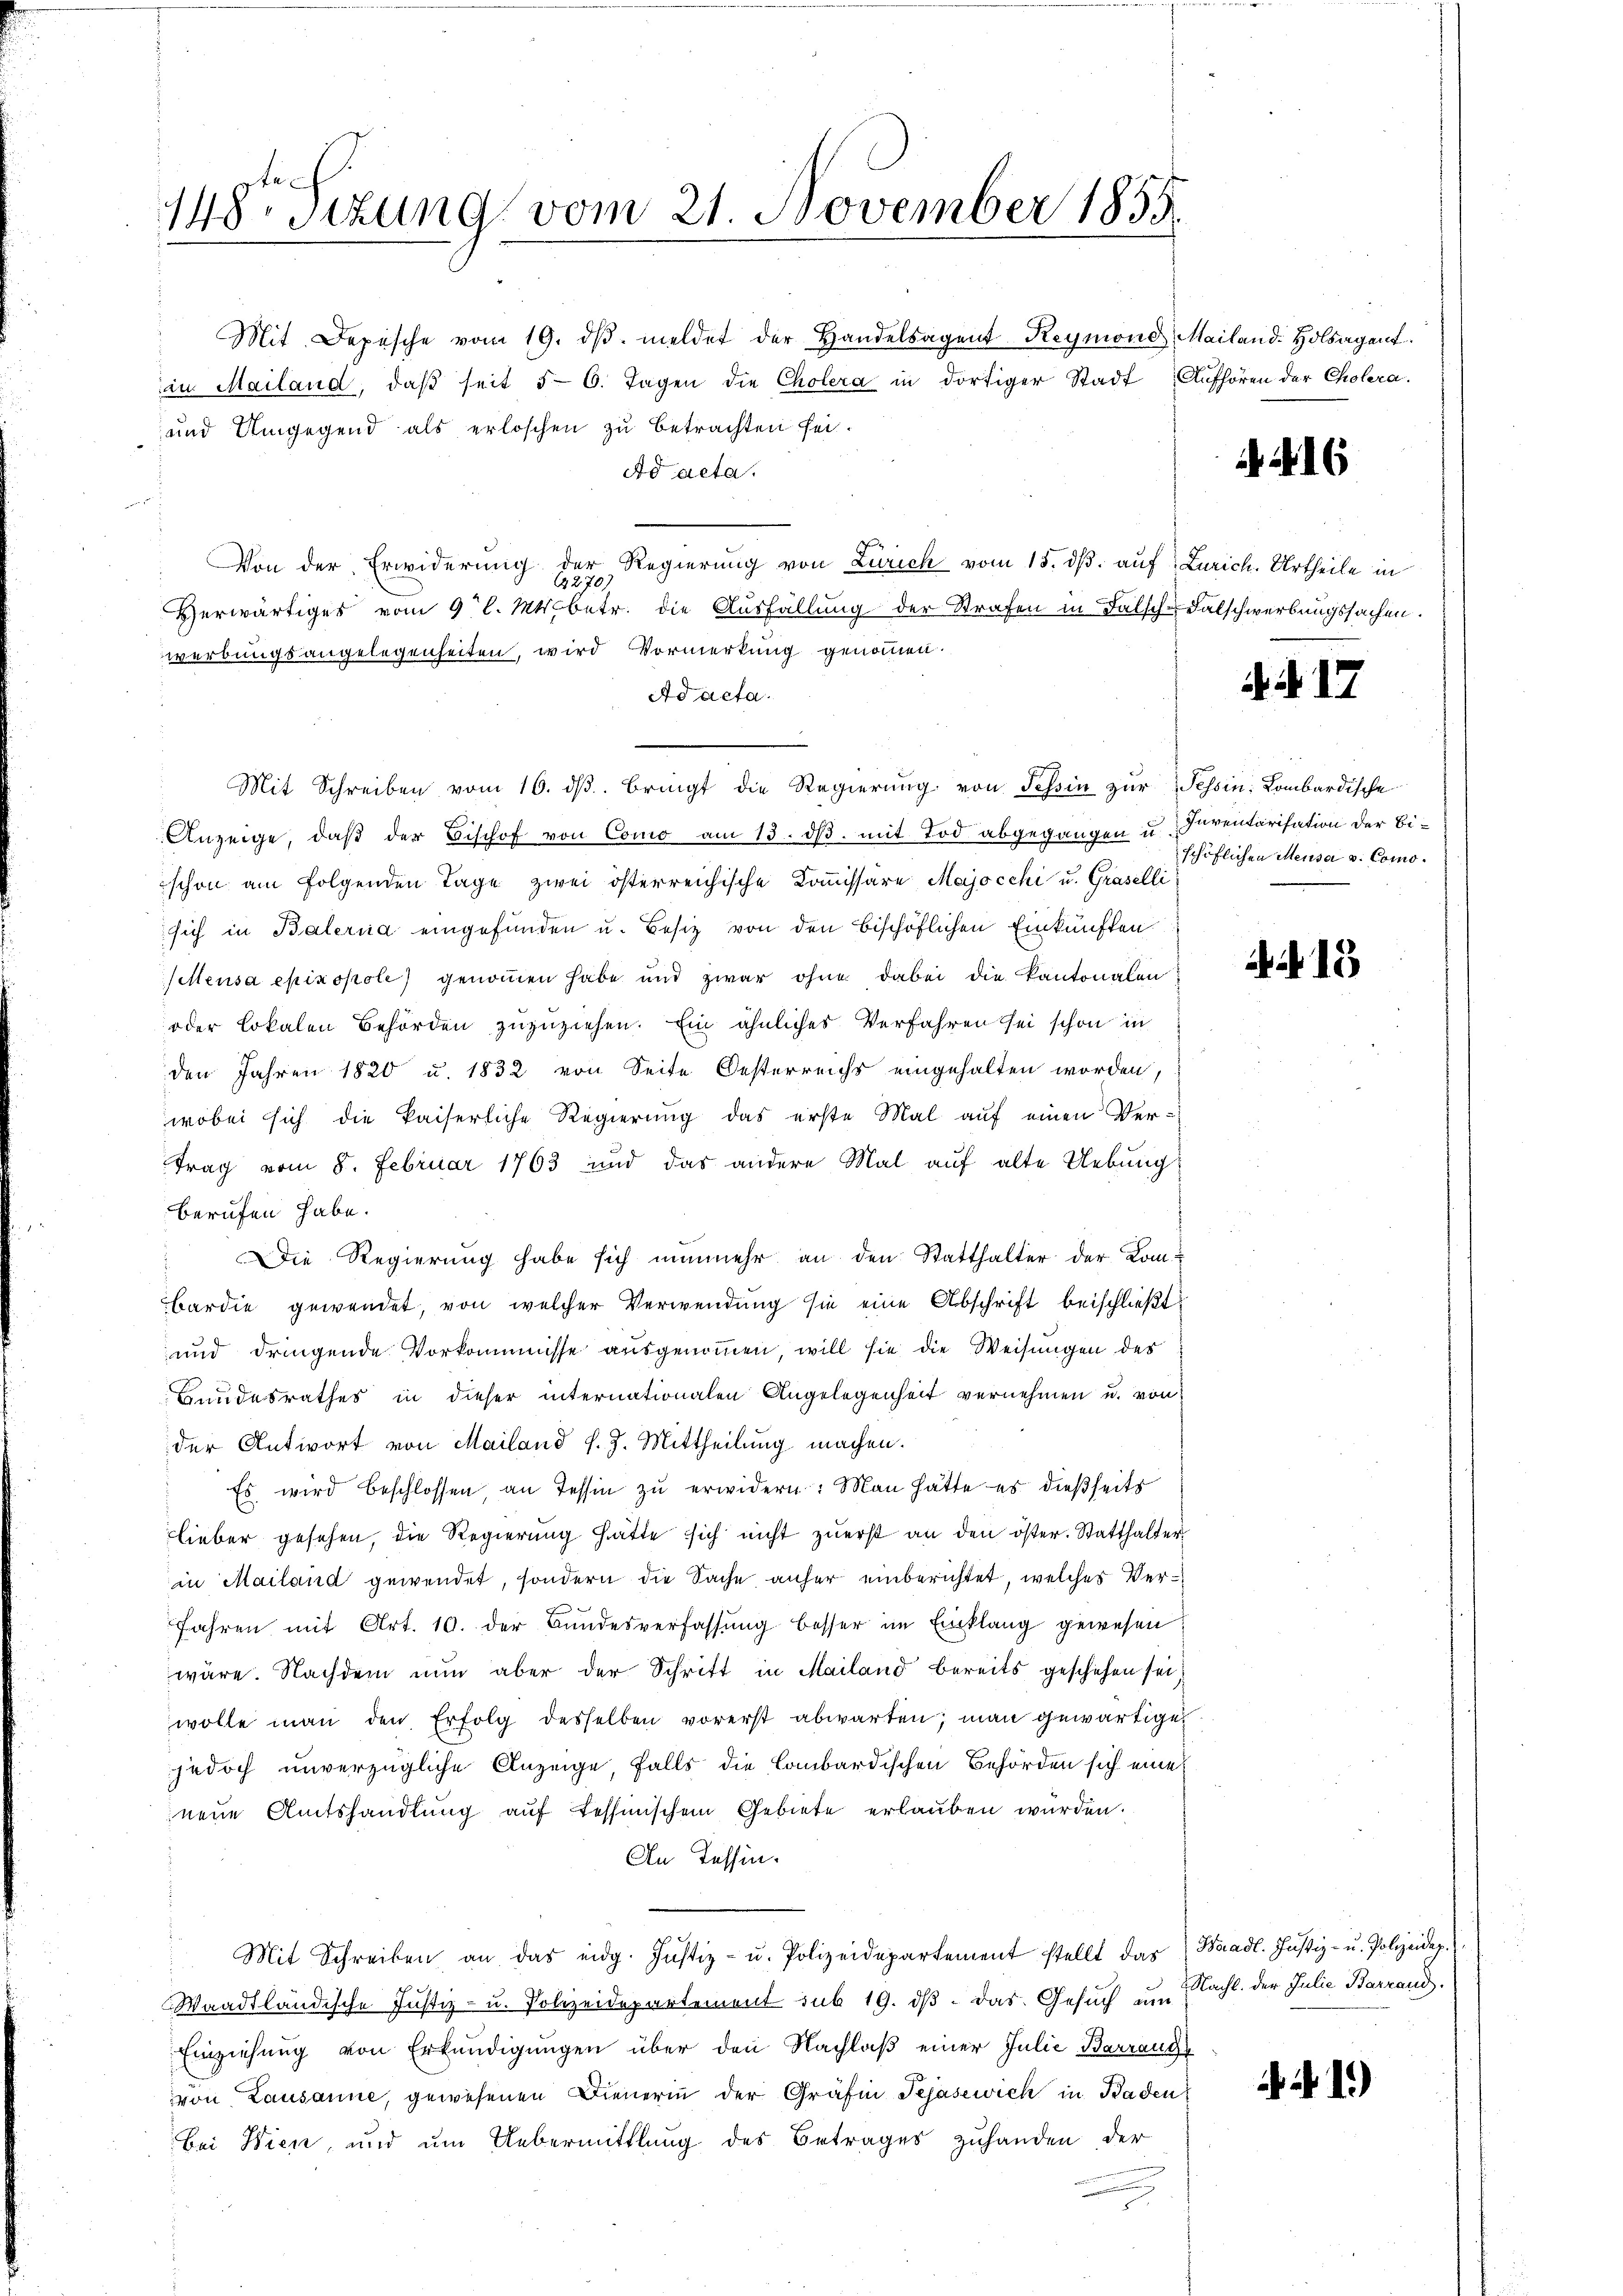
Mit Depesche vom 19. dβ. meldet der Handelsagent Reymond Mailand. Holsagent.
in Mailand, daβ seit 56. Tagen die Cholera in dortiger Stadt Aufhören der Cholera.
und Umgegend als erloschen zu betrachten sei.
Ad acta.

f
Von der Erwiderung der Regierung von Zürich vom 18. dβ. auf Zürich. Urtheile in
1270)
Herwärtiges vom 9 l. Mts. betr. die Ausfällŭng der Strafen in Falsch-Falschwerbungssachen.
werbungsangelegenheiten, wird Vormerkung genommen.
Ad acta.
Mit Schreiben vom 16. dβ. bringt die Regierung von Tessin zur Tessin: Lombardische
Anzeige, daβ der Bischof von Como am 13. dβ. mit Tod abgegangen u.
schon am folgenden Tage zwei österreichische Kommissäre Majocchi u. Graselli
sich in Balernia eingefunden u. Besiz von den beschöflichen Einkünften
Sittensa epinopole genommen habe und zwar ohne dabei die Kantonalen
oder Lokalen Behörden zuzuziehen. Ein ähnliches Verfahren sei schon in
den Jahren 1820 u. 1832 von Seite Oesterreichs eingehalten worden,
wobei sich die kaiserliche Regierung das erste Mal auf einen Vertrag vom 8. Februar 1763 und das andere Mal auf alte Uebung
berufen habe.
 Die Regierung habe sich nunmehr an den Statthalter der Kombardie gewendet, von welcher Verwendung sie eine Abschrift beischließt:
und dringende Vorkommisse ausgenommen, will sie die Weisungen des
Bundesrathes in dieser internationalen Angelegenheit vernehmen u. von
der Antwort von Mailand s. Z. Mittheilung machen.
Es wird beschlossen an Tessin zu erwidern: Man hätte es dießseits
lieber gesehen, die Regierung hätte sich nicht zuerst an den öster. Statthalter
in Mailand gewendet, sondern die Sache anher einberichtet, welches Ver¬
Jahren mit Art. 10. der Bundesverfassung besser im Einklang gewesen
wäre. Nachdem nun aber der Schritt in Mailand bereits geschehen sei,
wolle man den Erfolg desselben vorerst abwarten; man gewärtigen
jedoch unverzügliche Anzeige, falls die Lombardischen Behörden sich eine
neue Amtshandlung auf Tessinischem Gebiete erlauben wurden.
An Tessin.
Mit Schreiben an das eidg. Justiz- u. Polizeidepartement stellt das Waadt. Justiz- u. Polizeidep
Waadtländische Justiz- u. Polizeidepartement sub 19. dβ das Gesuch um Nacht. der Julie Barrand
Einziehung von Erkundigungen über den Nachlaß einer Julie Barrang
von Lausanne, gewesenen Dienerin der Gräfin Tejasewich in Kaden
bei Wien, und um Uebermittlung des Betrages zuhanden der

148. Sizung vom 21. November 1855.

. N. 16

.d. 17

Inventarisation der Bischöflichen Meusa v. Como¬

A 15

1)